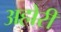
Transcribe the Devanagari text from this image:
अहोरी